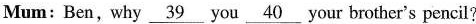
Mum: Ben, why \underline{39} you \underline{40} your brother's pencil?